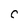
Character: C